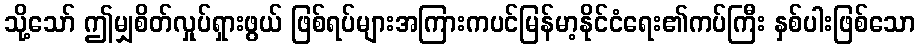
သို့သော် ဤမျှစိတ်လှုပ်ရှားဖွယ် ဖြစ်ရပ်များအကြားကပင်မြန်မာ့နိုင်ငံရေး၏ကပ်ကြီး နှစ်ပါးဖြစ်သော